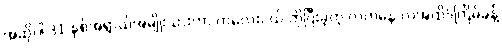
အဆိုပါ 31 နှစ်အရွာယ်အမျိုးသားဟာ ကလေးငယ် ကိုပြီးခဲ့တဲ့ လကနေ လအထိ5ကြိမ်ခန့်